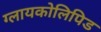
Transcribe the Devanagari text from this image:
ग्लायकोलिपिड